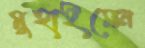
মুহাইমেন